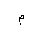
Letter: _mim